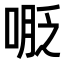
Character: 𠸾